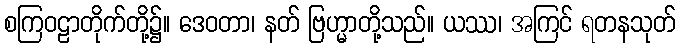
စကြဝဠာတိုက်တို့၌။ ဒေဝတာ၊ နတ် ဗြဟ္မာတို့သည်။ ယဿ၊ အကြင် ရတနသုတ်